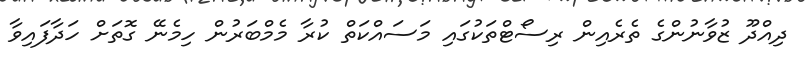
ދިއްދޫ ޒުވާނުންގެ ތެރެއިން ރިސޯޓްތަކުގައި މަސައްކަތް ކުރާ މެމްބަރުން ހިމެނޭ ގޮތަށް ހަދާފައިވާ